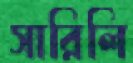
সারিলি